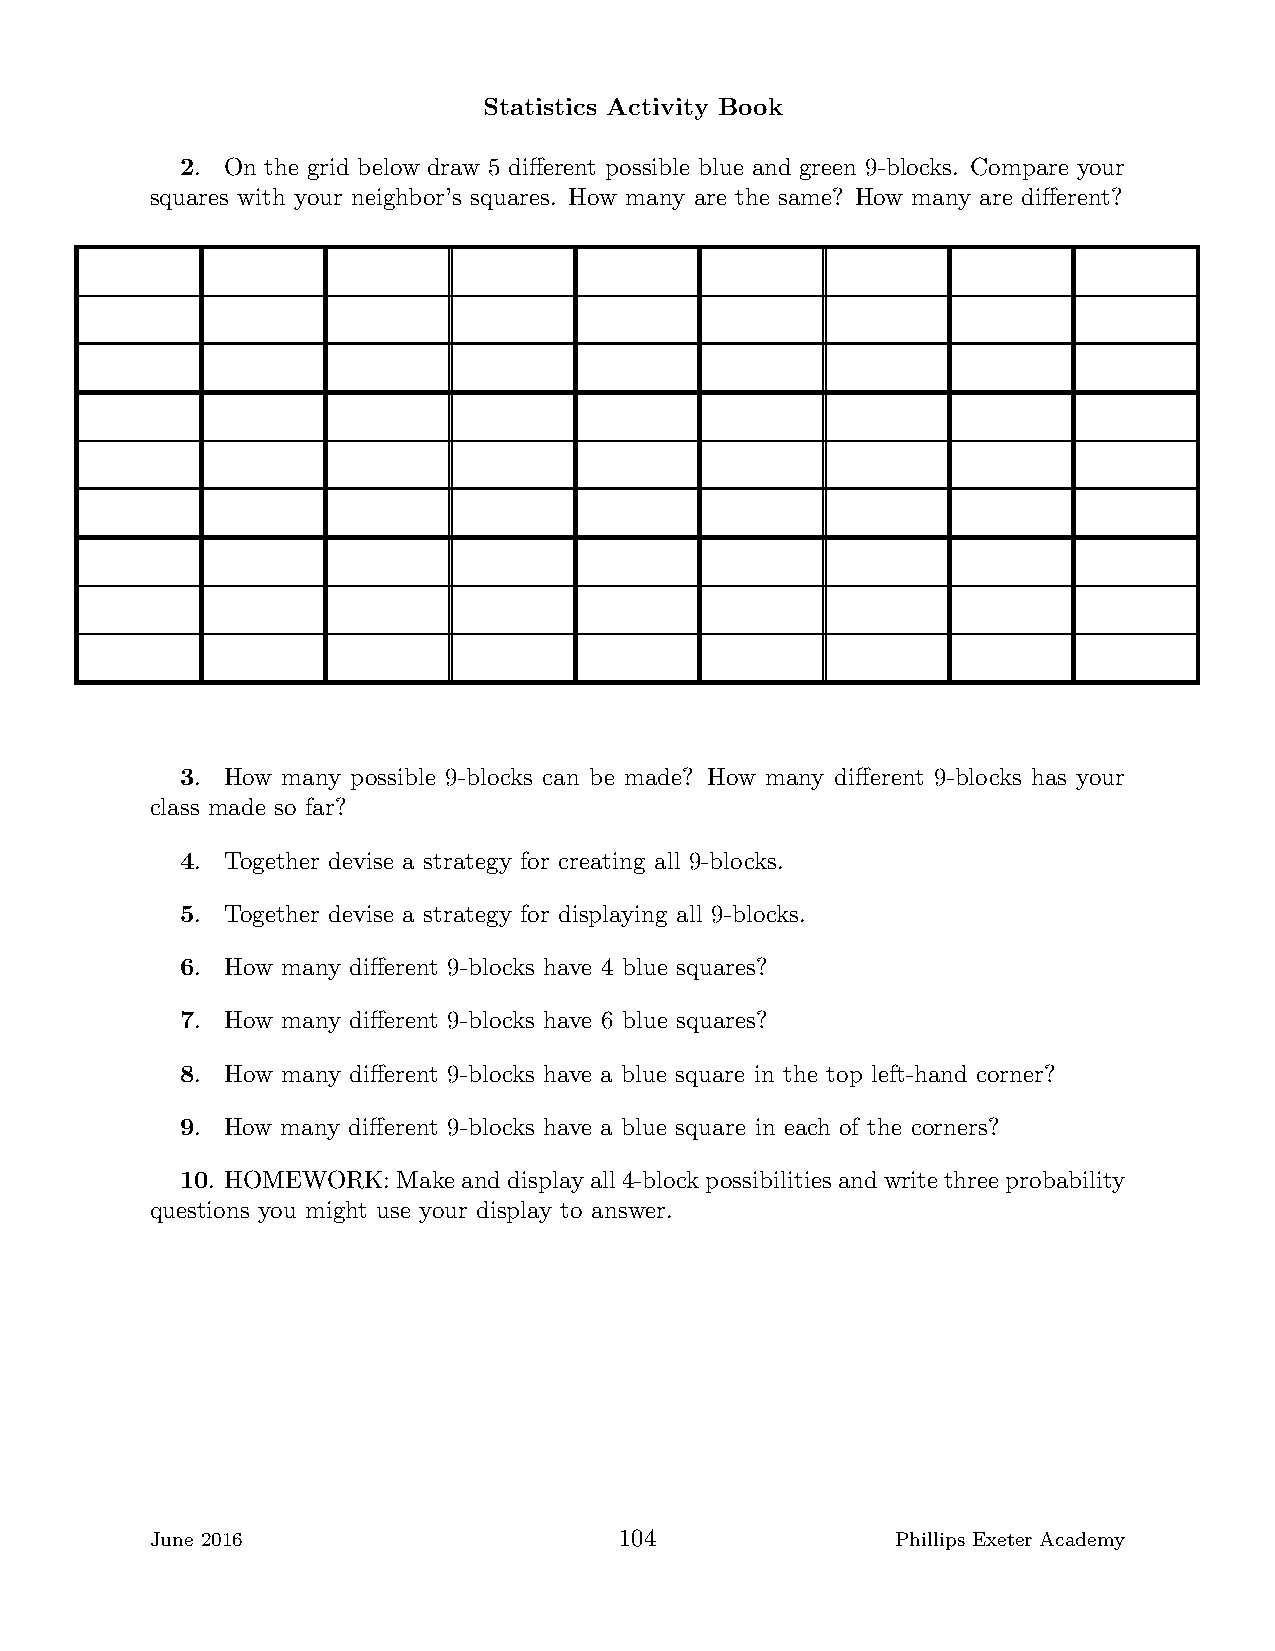
Statistics Activity Book
 2. On the grid below draw 5 different possible blue and green 9-blocks. Compare your
 squares with your neighbor’s squares. How many are the same? How many are different?
 3. How many possible 9-blocks can be made? How many different 9-blocks has your
 class made so far?
 4. Together devise a strategy for creating all 9-blocks.
 5. Together devise a strategy for displaying all 9-blocks.
 6. How many different 9-blocks have 4 blue squares?
 7. How many different 9-blocks have 6 blue squares?
 8. How many different 9-blocks have a blue square in the top left-hand corner?
 9. How many different 9-blocks have a blue square in each of the corners?
 10. HOMEWORK: Makeanddisplayall4-blockpossibilitiesandwritethreeprobability
 questions you might use your display to answer.
 June 2016                      104               Phillips Exeter Academy